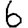
Digit: 6